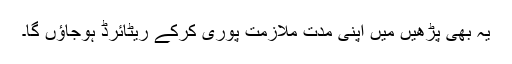
یہ بھی پڑھیں میں اپنی مدت ملازمت پوری کرکے ریٹائرڈ ہوجاؤں گا۔